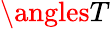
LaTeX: \angles{T}